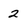
Character: 2